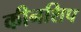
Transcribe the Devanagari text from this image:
कीनशिप